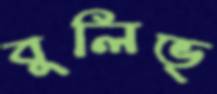
বুলিভ্